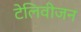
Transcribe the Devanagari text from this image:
टेलिवीजन